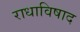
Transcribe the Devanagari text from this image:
राधाविषाद